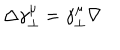
\Delta \gamma _ { \perp } ^ { \mu } = \gamma _ { \perp } ^ { \mu } \nabla